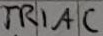
Text: TRIAC